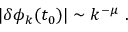
\vert \delta \phi _ { k } ( t _ { 0 } ) \vert \sim k ^ { - \mu } \ .